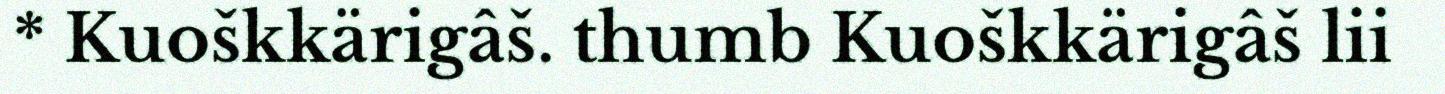
* Kuoškkärigâš. thumb Kuoškkärigâš lii